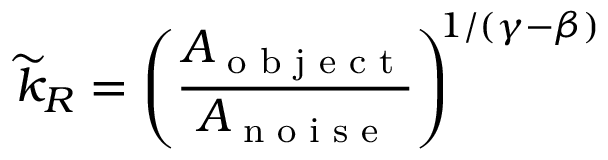
\widetilde { k } _ { R } = \left( \frac { A _ { \textrm { o b j e c t } } } { A _ { \textrm { n o i s e } } } \right) ^ { \! \! 1 / ( \gamma - \beta ) }